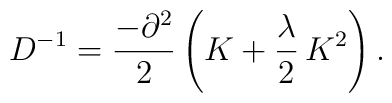
D^{-1}=\frac{-\partial ^2}{2}\left(K+\frac{\lambda }{2}\,K^2\right).